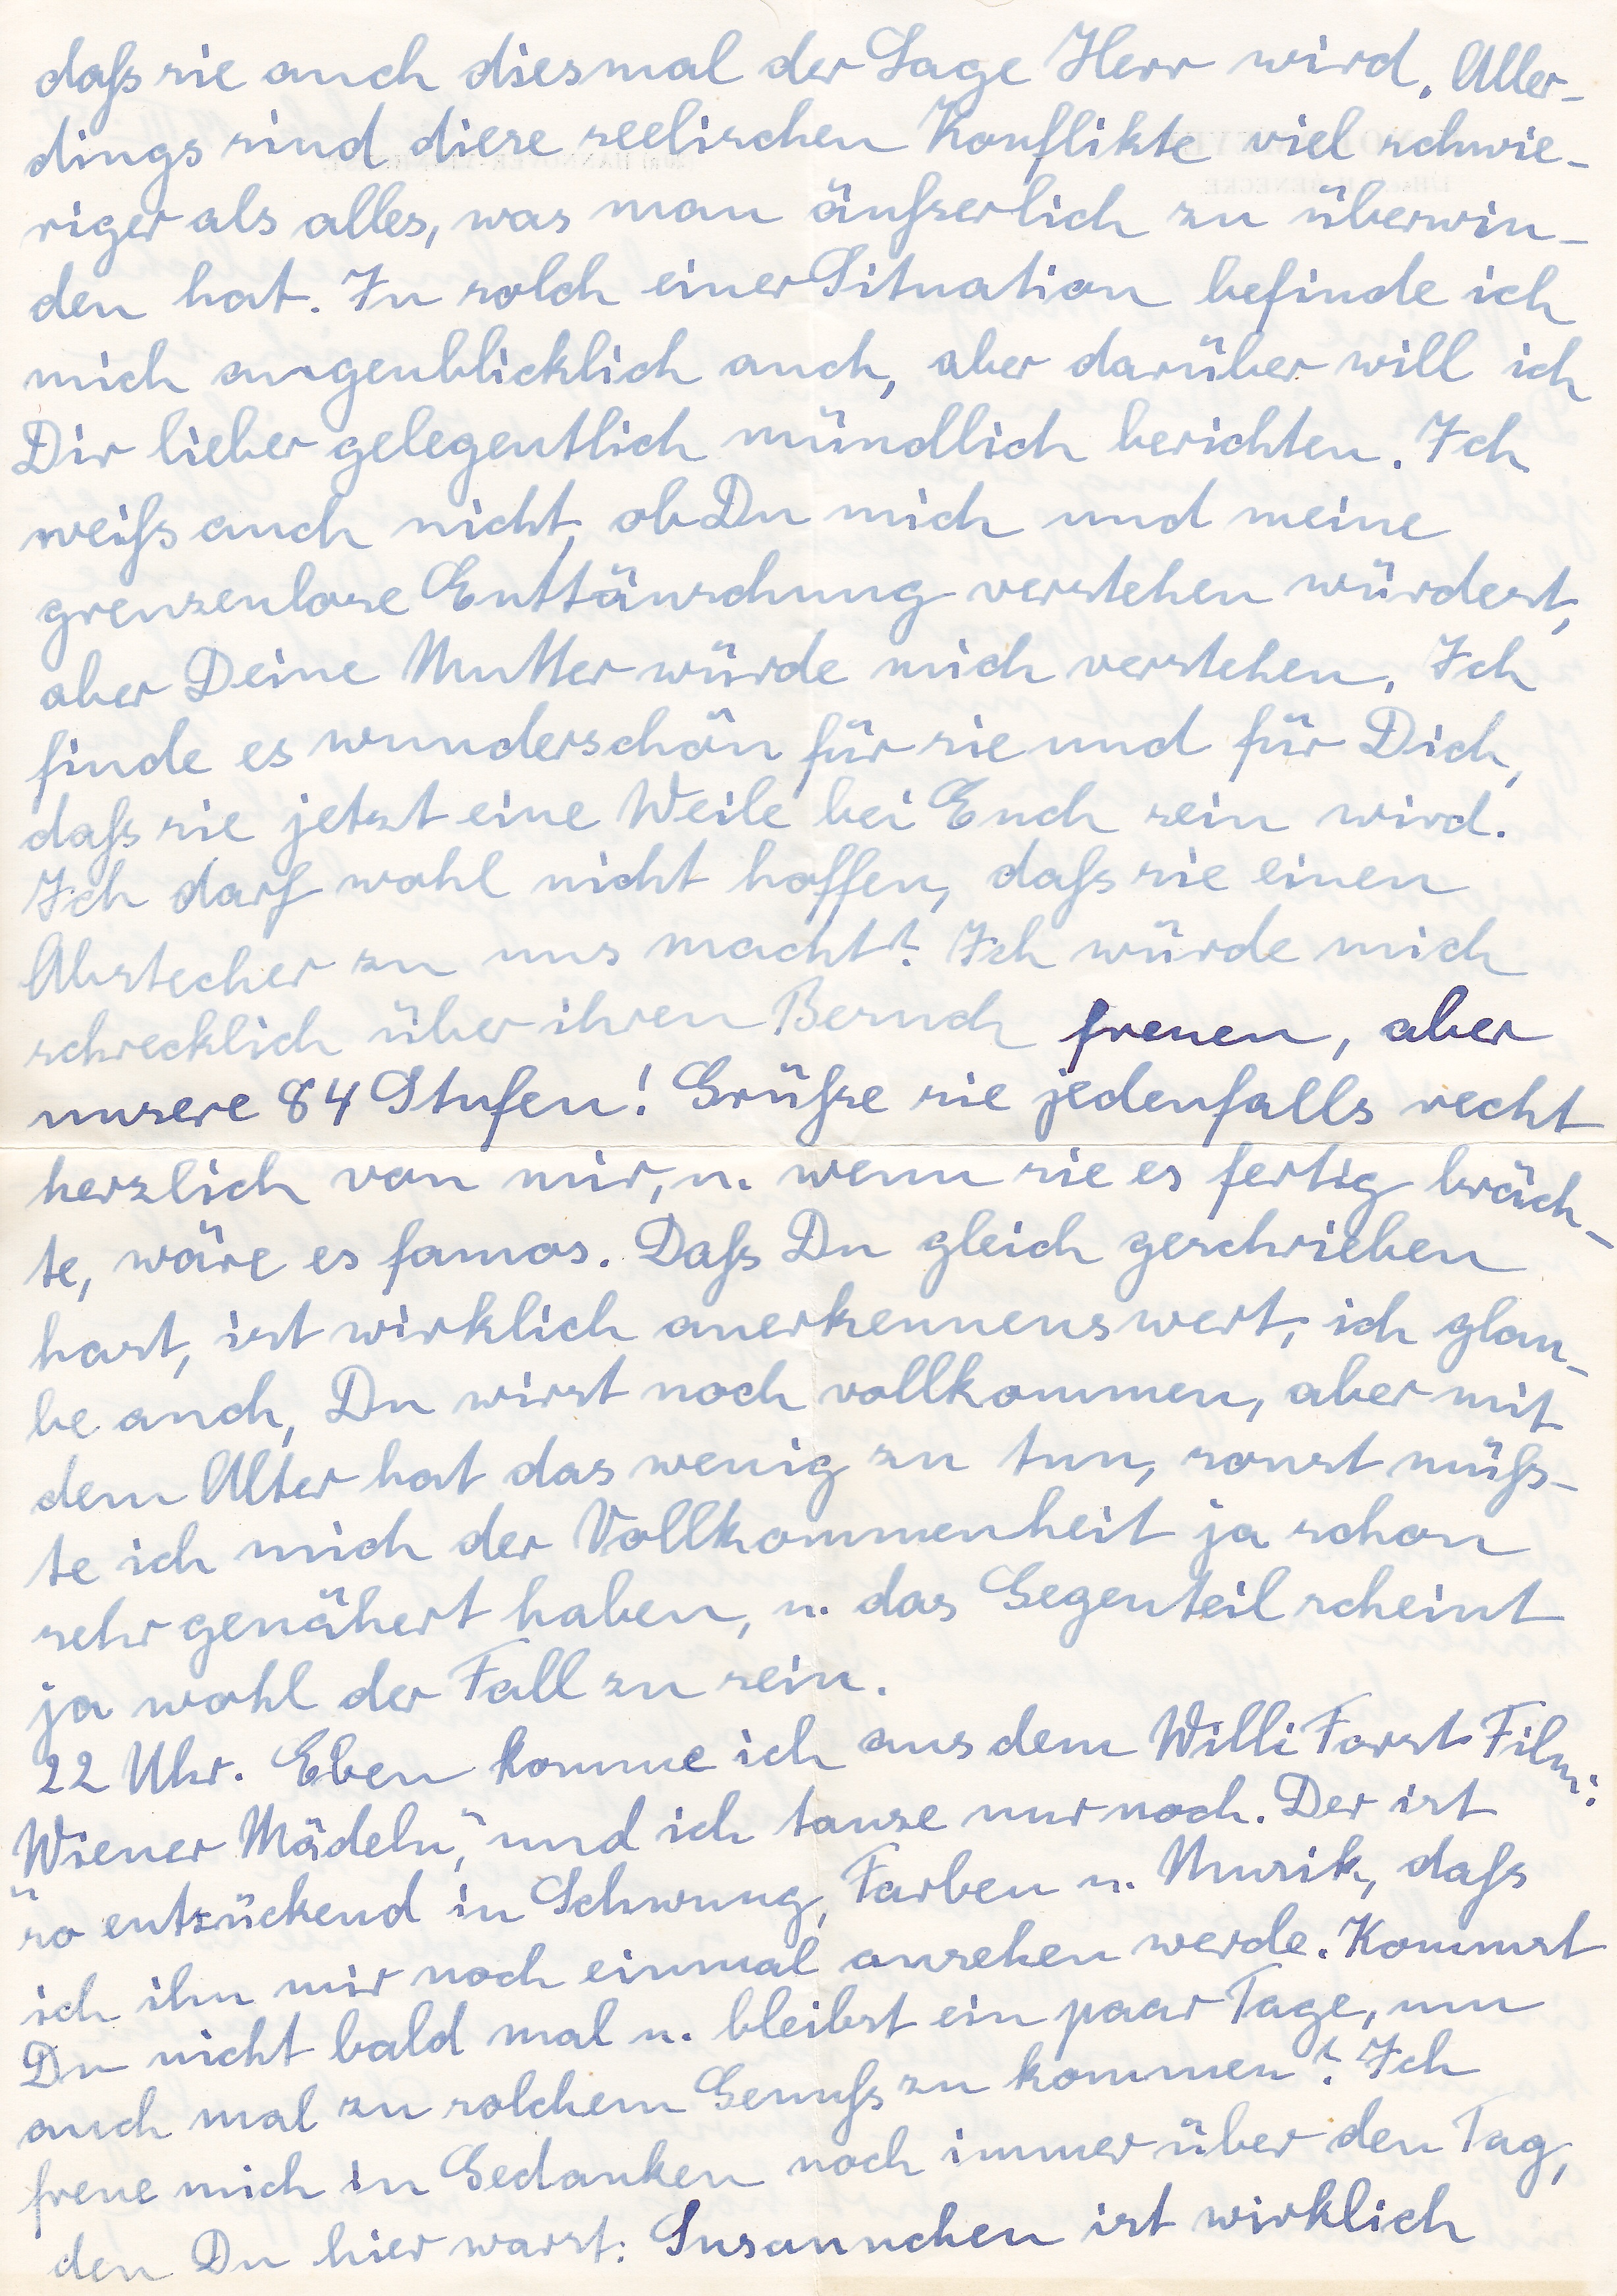
daß sie auch diesmal der Lage Herr wird. Aller
dings sind diese seelischen Konflikte viel schwie
riger als alles, was man äußerlich zu überwin
den hat. In solch einer Situation befinde ich
mich augenblicklich auch, aber darüber will ich
Dir lieber gelegentlich mündlich berichten. Ich
weiß auch nicht ob Du mich und meine
grenzenlose Enttäuschung verstehen würdest
aber Deine Mutter würde mich verstehen. Ich
finde es wunderschön für sie und für Dich,
daß sie jetzt eine Weile bei Euch sein wird.
Ich darf wohl nicht hoffen, daß sie einen
Abstecher zu uns macht? Ich würde mich
schrecklich über ihren Besuch freuen, aber
unsere 84 Stufen! Grüße sie jedenfalls recht
herzlich von mir, u. wenn sie es fertig bräch
te wäre es famos. Daß Du gleich geschrieben
hast, ist wirklich anerkennenswert, ich glau
be auch, Du wirst noch vollkommen, aber mit
dem Alter hat das wenig zu tun, sonst müß
te ich mich der Vollkommenheit ja schon
sehr genähert haben, u. das Gegenteil scheint
ja wohl der Fall zu sein.
22 Uhr. Eben komme ich aus dem Willi Forst Film:
Wiener Mädeln, und ich tanze nur noch. Der ist
so entzückend in Schwung, Farben u. Musik, daß
ich ihn mr noch einmal ansehen werde. Kommst
Du nicht bald mal u. bleibst ein paar Tage, um
auch mal zu solchem Genuß zu kommen? Ich
freue mich in Gedanken noch immer über den Tag,
Du hier warst, Susannchen ist wirklich